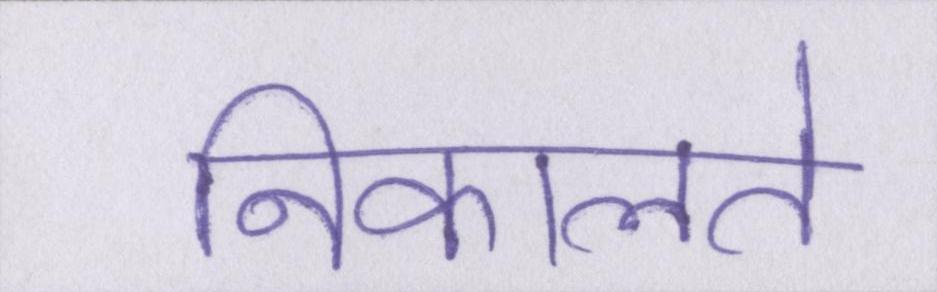
निकालते